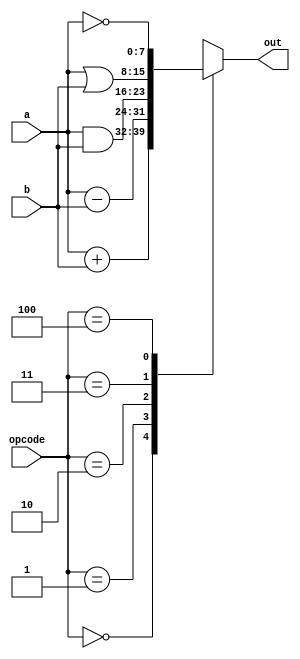
`define plus 3'd0
`define minus 3'd1
`define band 3'd2
`define bor 3'd3
`define unegate 3'd4

module alu(
    input [2:0] opcode,
    input [7:0] a, b,
    output reg [7:0] out
);

    always @(opcode or a or b)begin 
        case(opcode)
        `plus: out = a + b;
        `minus: out = a - b;
        `band: out = a & b;
        `bor: out = a | b;
        `unegate: out = ~a;
        default: out = 8'hx;
        endcase    
    end
endmodule